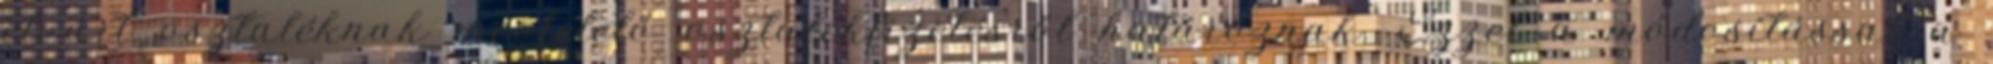
elvárt osztaléknak megfelelő osztalékfizetésről határoznak. Ezzel a módosítással a